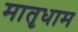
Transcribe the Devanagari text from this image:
मातृधाम